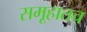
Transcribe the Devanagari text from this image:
समूहातच